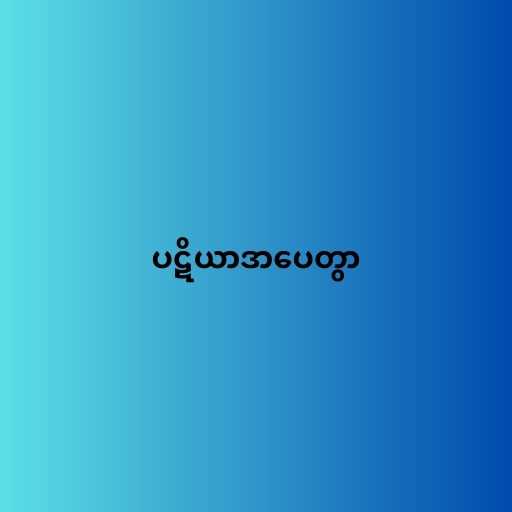
ပဋိယာဒာပေတွာ